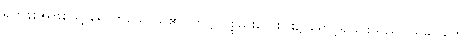
ရဟန်းအဖြစ်သို့ ရောက်သောသူ၏။ တုဋ္ဌိ၊ ပစ္စည်းလေးပါး၌ ရောင့်ရဲခြင်းသည်။ သုခါဝဟော၊